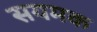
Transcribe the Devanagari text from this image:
सयमक